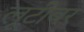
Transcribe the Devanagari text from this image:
लूटीवर